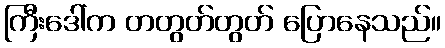
ကြီးဒေါ်က တတွတ်တွတ် ပြောနေသည်။